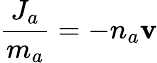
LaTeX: \frac{J_{a}}{m_{a}}=-n_{a}\mathbf{v}